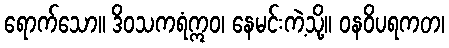
ရောက်သော။ ဒိဝသကရံဣဝ၊ နေမင်းကဲ့သို့။ ဝနဝိပရကတ၊